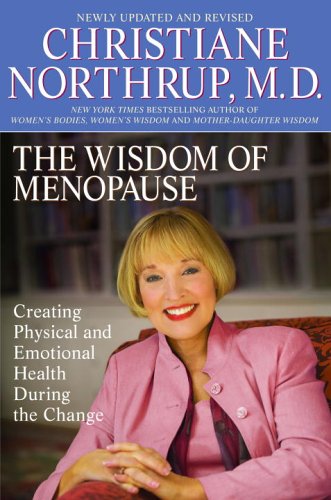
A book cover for The Wisdom of Menopause: Creating Physical and Emotional Health and Healing During the Change, Revised Edition; Christiane Northrup; Health, Fitness & Dieting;